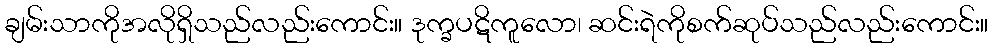
ချမ်းသာကိုအလိုရှိသည်လည်းကောင်း။ ဒုက္ခပဋိကူလော၊ ဆင်းရဲကိုစက်ဆုပ်သည်လည်းကောင်း။